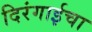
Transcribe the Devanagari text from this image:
दिरंगाईचा